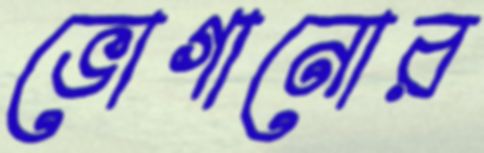
ভোগানোর